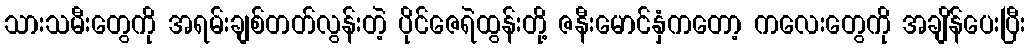
သားသမီးတွေကို အရမ်းချစ်တတ်လွန်းတဲ့ ပိုင်ဇေရဲထွန်းတို့ ဇနီးမောင်နှံကတော့ ကလေးတွေကို အချိန်ပေးပြီး